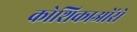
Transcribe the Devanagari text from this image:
कोशिकाओंसे